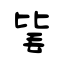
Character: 毞